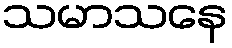
သမာသနေ